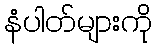
နံပါတ်များကို